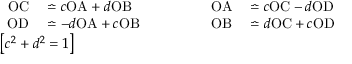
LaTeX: \begin{array} { l } { { \begin{array} { r l r l r l } { \mathrm { O C } } & { { } \bumpeq c \mathrm { O A } + d \mathrm { O B } } & { \qquad } & { { } } & { \mathrm { O A } } & { { } \bumpeq c \mathrm { O C } - d \mathrm { O D } } \\ { \mathrm { O D } } & { { } \bumpeq - d \mathrm { O A } + c \mathrm { O B } } & { } & { { } } & { \mathrm { O B } } & { { } \bumpeq d \mathrm { O C } + c \mathrm { O D } } \end{array} } } \\ { \left[ c ^ { 2 } + d ^ { 2 } = 1 \right] } \end{array}